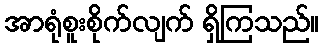
အာရုံစူးစိုက်လျက် ရှိကြသည်။